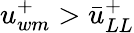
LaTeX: u_{wm}^{+}>\bar{u}_{LL}^{+}